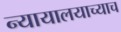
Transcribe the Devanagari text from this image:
न्यायालयाच्याच